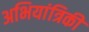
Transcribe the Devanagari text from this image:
अभियांत्रिकी